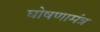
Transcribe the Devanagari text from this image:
घोषणामंत्र